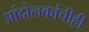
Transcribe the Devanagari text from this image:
आंदोलकांचीही